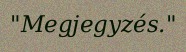
"Megjegyzés."